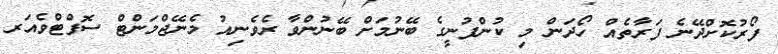
ފޯރުކޮށްދޭނެ ފަރާތެއް ހޯދަން މި ކުންފުނީގެ ބޭނުމަށް ބޭނުންވާ ރެވެނިއު މެނޭޖްމަންޓް ސޮފްޓްވެއަރ